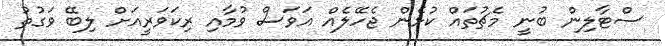
ސްޓާލިން ބުނީ މެޗުތައް ކުޅެން ޖެހޭލެއް އަވަސް ވުމާއި ރިކަވަރީއަށް ލިބޭ ވަގުތު